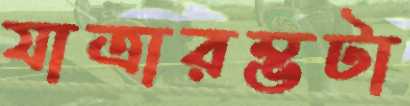
যাত্রারম্ভটা